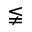
\lneqq